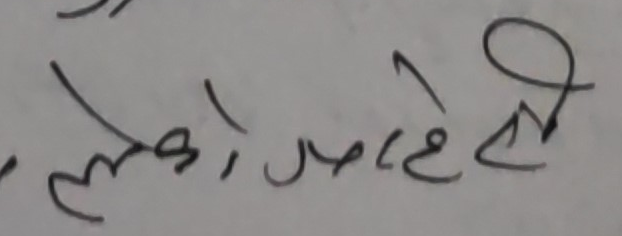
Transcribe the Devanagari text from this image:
लेको मादेरी